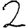
Digit: 2